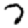
Digit: 7